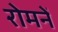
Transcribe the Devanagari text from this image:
रोमनें